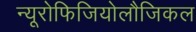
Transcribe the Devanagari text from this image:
न्यूरोफिजियोलौजिकल